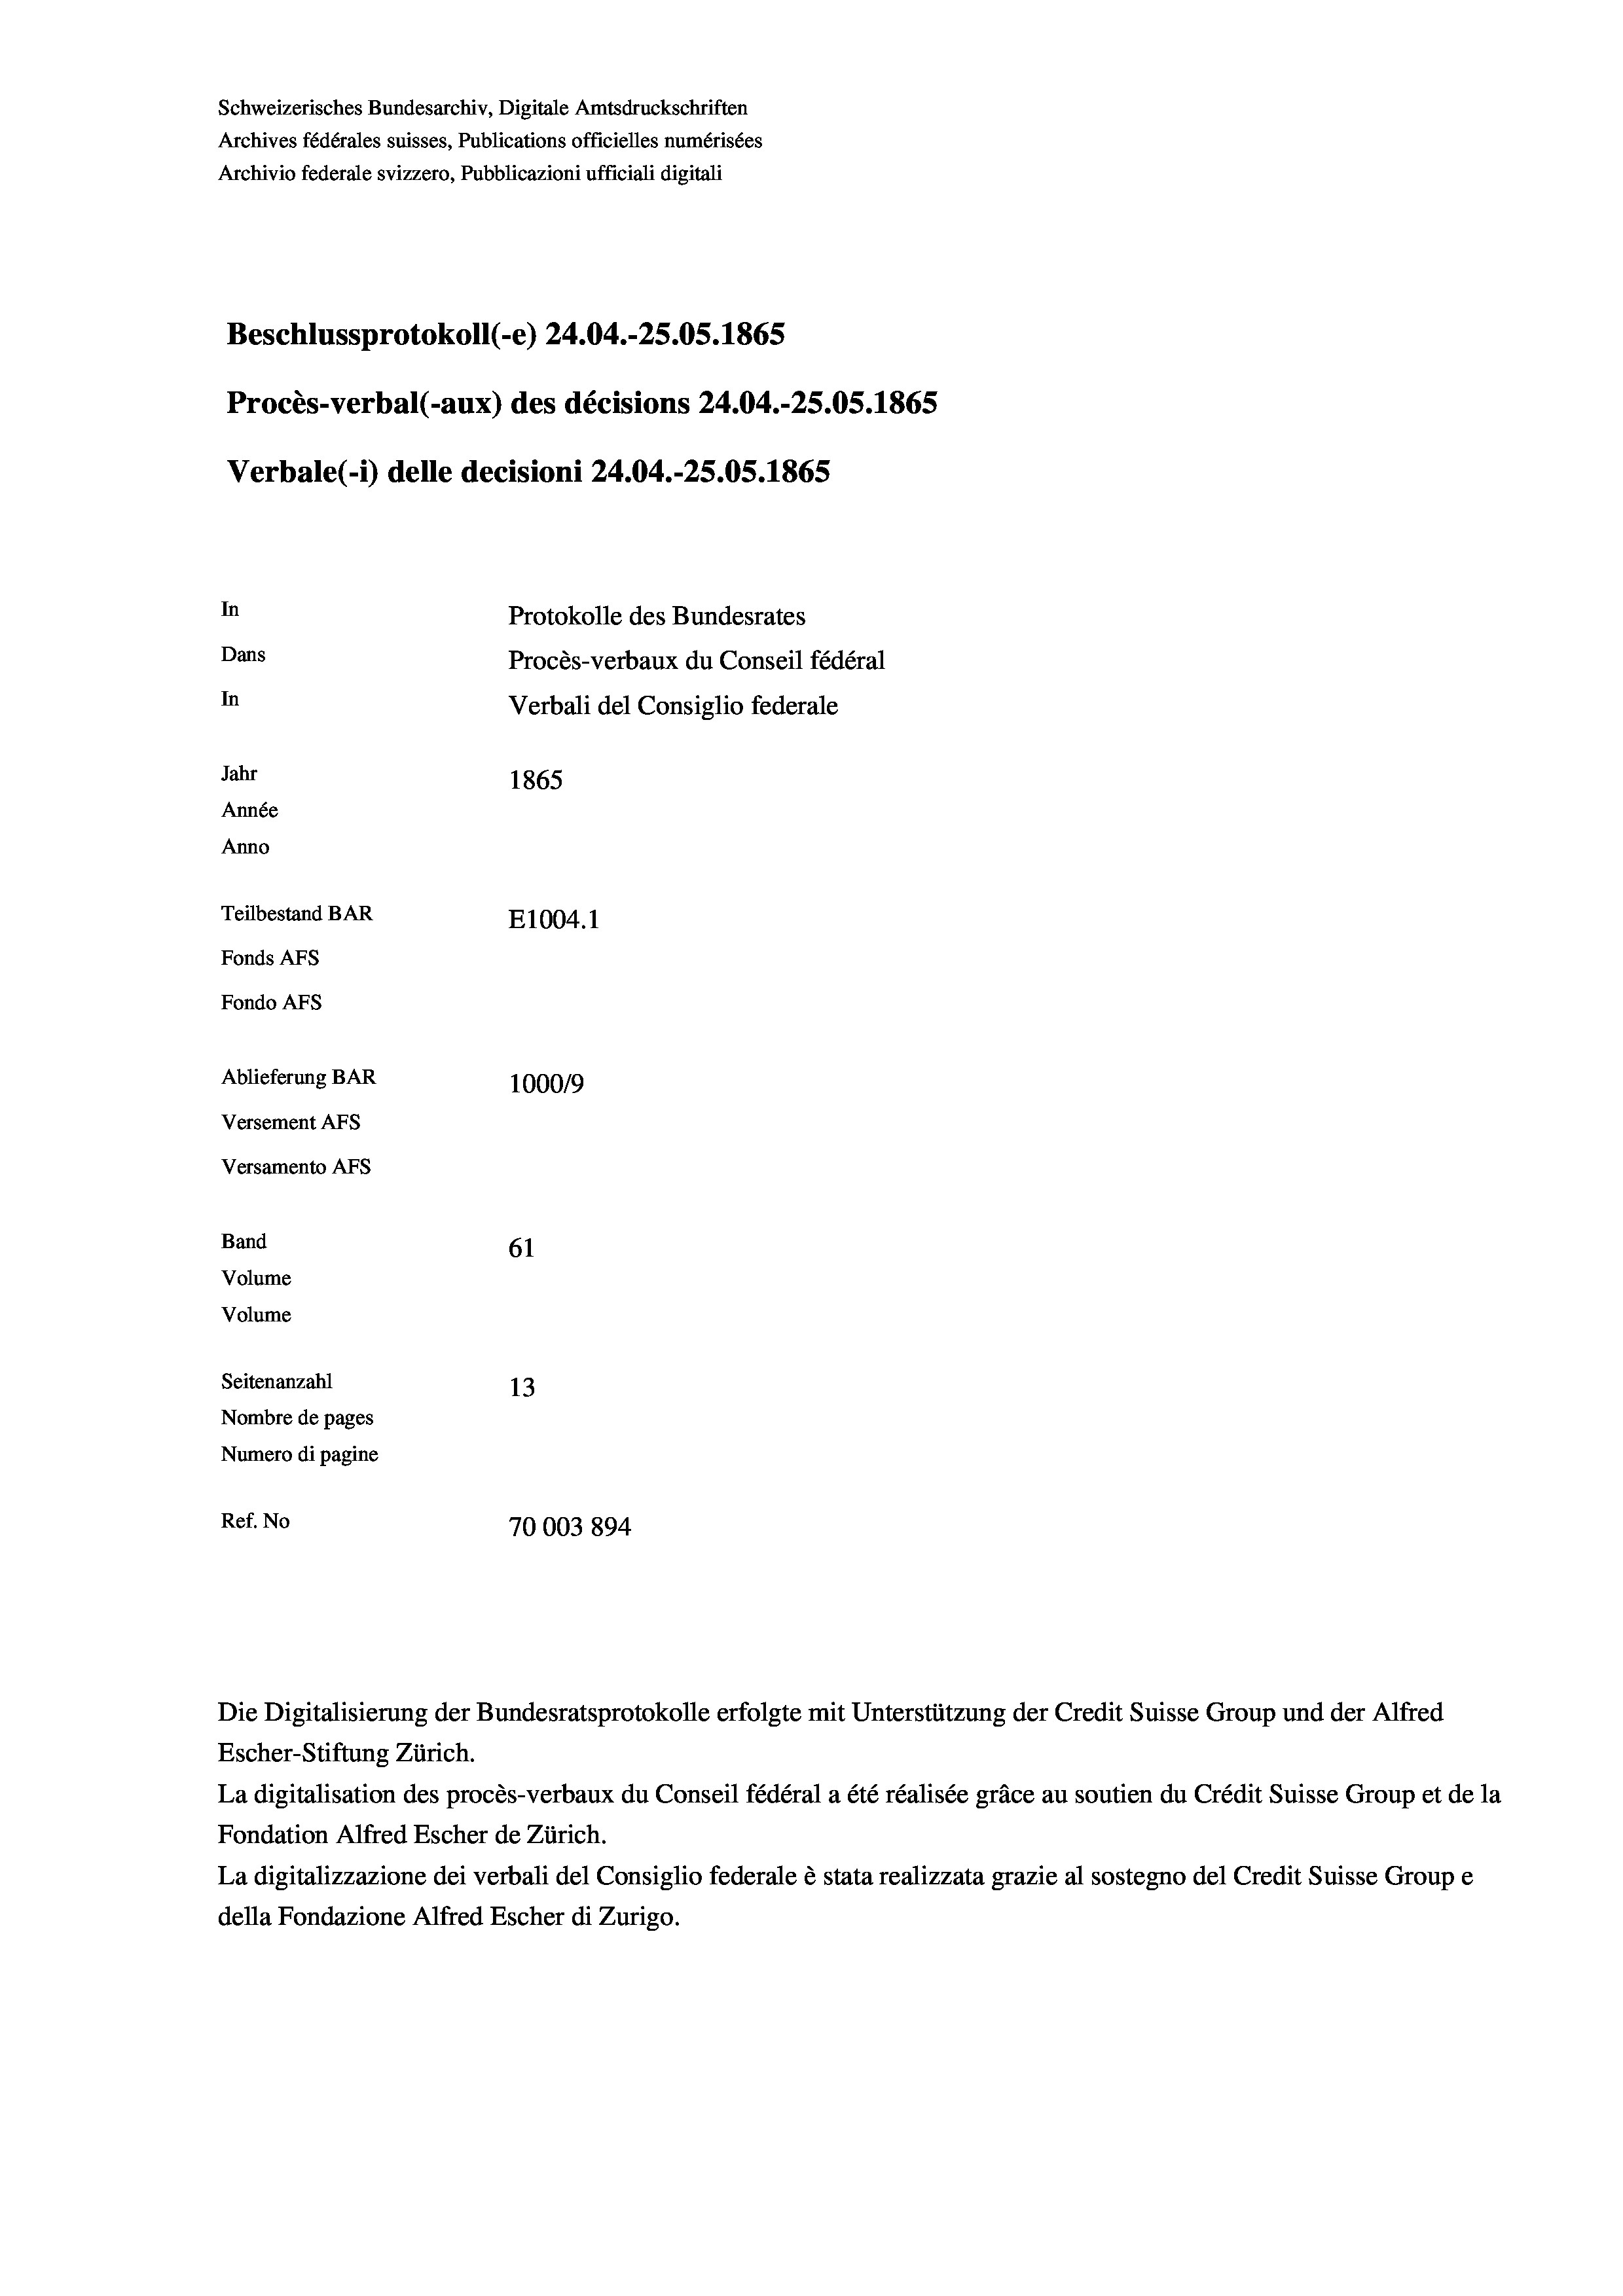
Schweizerisches Bundesarchiv, Digitale Amtsdruckschriften
Archives fédérales suisses, Publications officielles numérisées
Archivio federale svizzero, Pubblicazioni ufficiali digitali
Beschlussprotokoll (-e) 24.04.-25.05. 1865
Procès-verbal (-aux) des décisions 24.04.-25.05. 1865
Verbale(*) delle decisioni 24.04.-25.05. 1865
In
Protokolle des Bundesrates
Dans
Procès-verbaux du Conseil fédéral
In
Verbali del Consiglio federale
Jahr
1865
Année
Anno
Teilbestand BAR
E1004.1
Fonds AFs
Fondo Afs
Ablieferung BAR
100019
Versement AFs
Versamento AFs
Band
61
Volume
Volume
Seitenanzahl
13
Nombre de pages
Numero di pagine
Ref. No
70003 894

Die Digitalisierung der Bundesratsprotokolle erfolgte mit Unterstützung der Credit Suisse Group und der Alfred
Escher-Stiftung Zürich.

La digitalisation des procès-verbaux du Conseil fédéral a été réalisée gräce au soutien du Crédit Suisse Group et de la
Fondation Alfred Escher de Zürich.
La digitalizzazione dei verbali del Consiglio federale è stata realizzata grazie al sostegno del Credit Suisse Groupe
della Fondazione Alfred Escher di Zurigo.